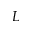
L